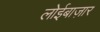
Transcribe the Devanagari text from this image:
लोईबाज़ार